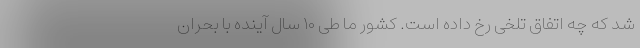
شد که چه اتفاق تلخی رخ داده است. کشور ما طی ۱۰ سال آینده با بحران